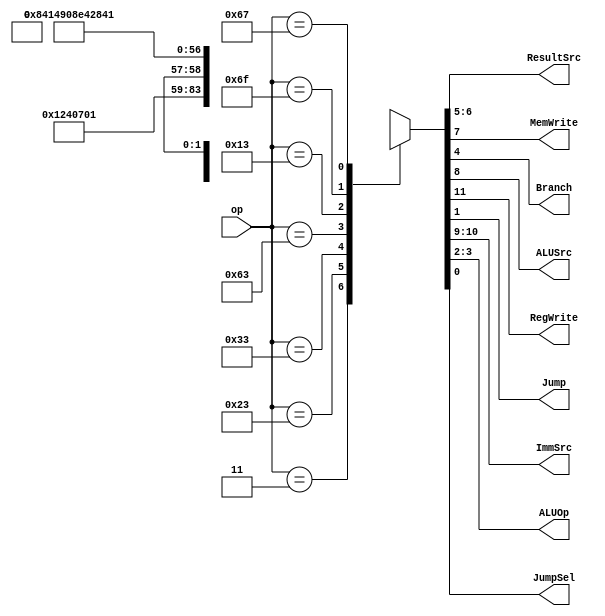

module maindec (
	input  [6:0] op,
	output  [1:0] ResultSrc,
	output  MemWrite,
	output  Branch, ALUSrc,
	output  RegWrite, Jump,
	output  [1:0] ImmSrc,
	output  [1:0] ALUOp,
	output  JumpSel
);
	reg [11:0] controls;
	assign {RegWrite, ImmSrc, ALUSrc, MemWrite,
		ResultSrc, Branch, ALUOp, Jump, JumpSel} = controls;
	always@(*)begin
		case(op)
// RegWrite_ImmSrc_ALUSrc_MemWrite_ResultSrc_Branch_ALUOp_Jump_JumpSel
			7'b0000011: controls = 12'b1_00_1_0_01_0_00_0_0; // lw
			7'b0100011: controls = 12'b0_01_1_1_00_0_00_0_0; // sw
			7'b0110011: controls = 12'b1_xx_0_0_00_0_10_0_0; // Rtype
			7'b1100011: controls = 12'b0_10_0_0_00_1_01_0_0; // beq/bne*
			7'b0010011: controls = 12'b1_00_1_0_00_0_10_0_0; // Itype ALU
			7'b1101111: controls = 12'b1_11_0_0_10_0_00_1_0; // jal
			7'b1100111: controls = 12'b1_00_0_0_10_0_00_0_1; // jalr *

			default: controls = 11'bx_xx_x_x_xx_x_xx_x; // ???
		endcase
	end
endmodule